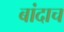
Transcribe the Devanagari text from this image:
बांदाच